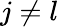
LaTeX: j\neq l